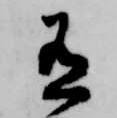
有